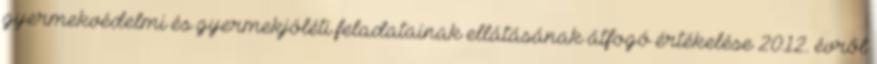
gyermekvédelmi és gyermekjóléti feladatainak ellátásának átfogó értékelése 2012. évről